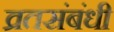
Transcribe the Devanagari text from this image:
व्रतसंबंधी